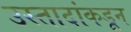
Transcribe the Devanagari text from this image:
उस्तादांकडून